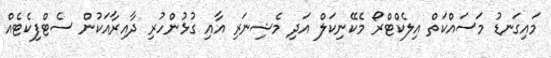
މައިގަނޑު މަސައްކަތް އިލެކްޓްރޯ މެކޭނިކަލް އަދި މެޝިނަރި އާއި ގުޅުންހުރި ދާއިރާއަކުން ސެޓްފިކެޓެއް